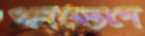
পদভেদে